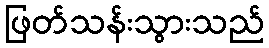
ဖြတ်သန်းသွားသည်